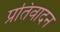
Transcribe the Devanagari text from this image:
प्रतिवादन